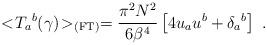
LaTeX: \begin{align*}<\!{{ T}_{a}}^b(\gamma)\!>_{\rm (FT)}={\pi^2 N^2 \over 6 {{\beta}}^4}\left[ 4u_a u^b +{{\delta}_a}^b\right]\ .\end{align*}